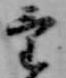
け